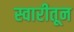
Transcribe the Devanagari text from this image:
स्वारीतून